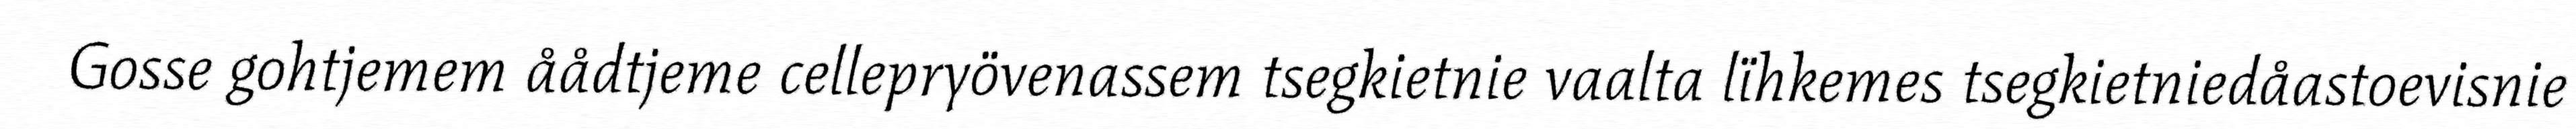
Gosse gohtjemem åådtjeme cellepryövenassem tsegkietnie vaalta lïhkemes tsegkietniedåastoevisnie